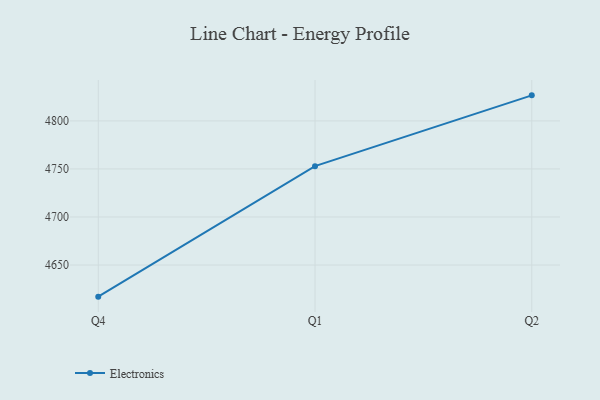
{"axis": {"x": "Quarter", "y": "Revenue (USD Million)"}, "legend": ["Electronics"], "data": [{"x": "Q4", "y": 4617.1, "type": "Electronics"}, {"x": "Q1", "y": 4752.9, "type": "Electronics"}, {"x": "Q2", "y": 4826.6, "type": "Electronics"}]}